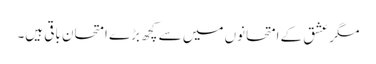
مگر عشق کے امتحانوں میں سے کچھ بڑے امتحان باقی ہیں۔